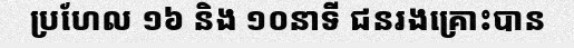
ប្រហែល ១៦ និង ១០នាទី ជនរងគ្រោះបាន